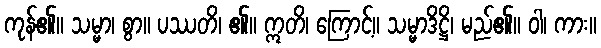
ကုန်၏။ သမ္မာ၊ စွာ။ ပဿတိ၊ ၏။ ဣတိ၊ ကြောင့်။ သမ္မာဒိဋ္ဌိ၊ မည်၏။ ဝါ၊ ကား။